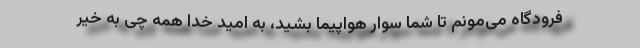
فرودگاه می‌مونم تا شما سوار هواپیما بشید، به امید خدا همه چی به خیر